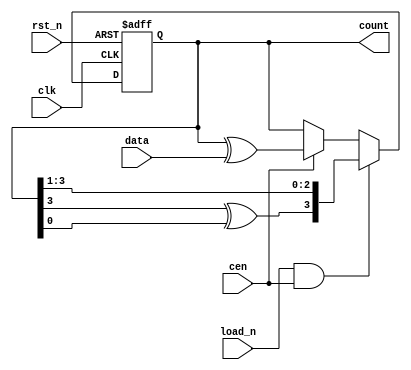
module DW03_lfsr_load #(
parameter WIDTH           = 'd4           // numar de biti ai numaratorului
) (
input      [WIDTH -1:0]   data        , // data de load
input                     clk         , // semnal de clock
input                     rst_n       , // reset date
input                     cen         , // count enable
input                     load_n      , // incarcare date

output reg [WIDTH -1:0]   count        // iesire counter

);

always @(posedge clk or negedge rst_n) begin
    if(~rst_n)  count <= 'd1; else
    if(load_n && cen) count <= {count[WIDTH-1] ^ count[0], count[WIDTH-1:1]}; else //xor intre primul si ultimul bit
    if(cen) count <= count ^ data; else // daca se face load, se face xor intre count si data
    count <= count; //daca counter enable e 0 se mentine valoarea lui count
    
end


endmodule